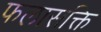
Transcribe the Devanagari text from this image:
फलासक्ति